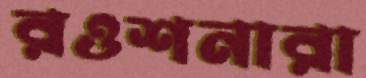
রওশনারা